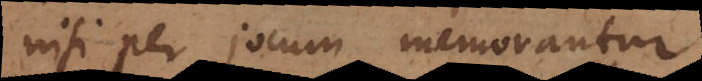
nisi per jocum memorantur,